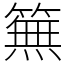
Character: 䉑